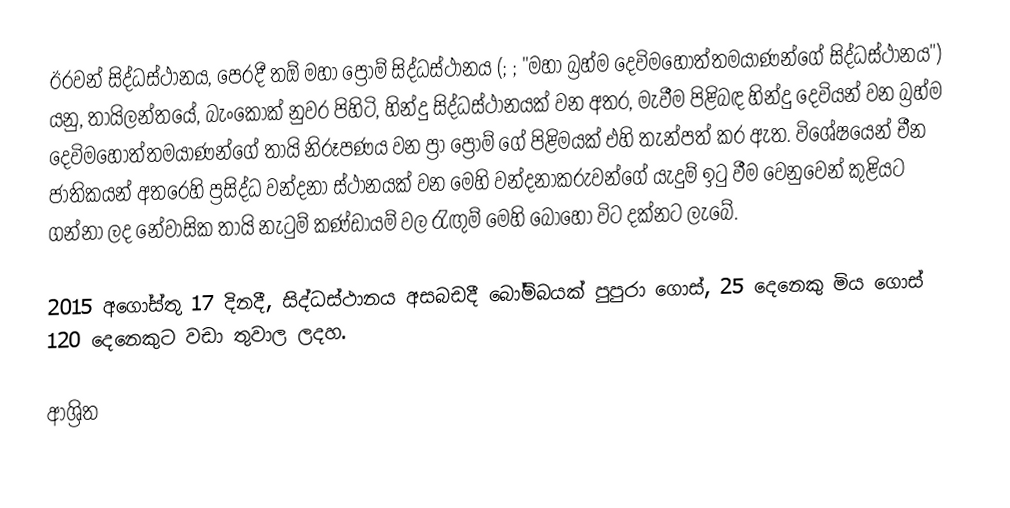
ඊරවන් සිද්ධස්ථානය, පෙරදී තඕ මහා ප්‍රොම් සිද්ධස්ථානය (; ; "මහා බ්‍රහ්ම දෙවිමහෝත්තමයාණන්ගේ සිද්ධස්ථානය") යනු, තායිලන්තයේ, බැංකොක් නුවර පිහිටි, හින්දු සිද්ධස්ථානයක් වන අතර, මැවීම පිළිබඳ හින්දු දෙවියන් වන බ්‍රහ්ම දෙවිමහෝත්තමයාණන්ගේ තායි නිරූපණය වන ප්‍රා ප්‍රොම් ගේ පිළිමයක් එහි තැන්පත් කර ඇත. විශේෂයෙන් චීන ජාතිකයන් අතරෙහි ප්‍රසිද්ධ  වන්දනා ස්ථානයක් වන මෙහි වන්දනාකරුවන්ගේ යැදුම් ඉටු වීම වෙනුවෙන් කුළියට ගන්නා ලද නේවාසික තායි නැටුම් කණ්ඩායම් වල රැඟුම් මෙහි බොහෝ විට දක්නට ලැබේ.

2015 අගෝස්තු 17 දිනදී, සිද්ධස්ථානය අසබඩදී  බෝම්බයක් පුපුරා ගොස්, 25 දෙනෙකු මිය ගොස්  120 දෙනෙකුට වඩා තුවාල ලදහ.

ආශ්‍රිත